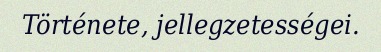
Története, jellegzetességei.